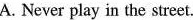
A. Never play in the street.